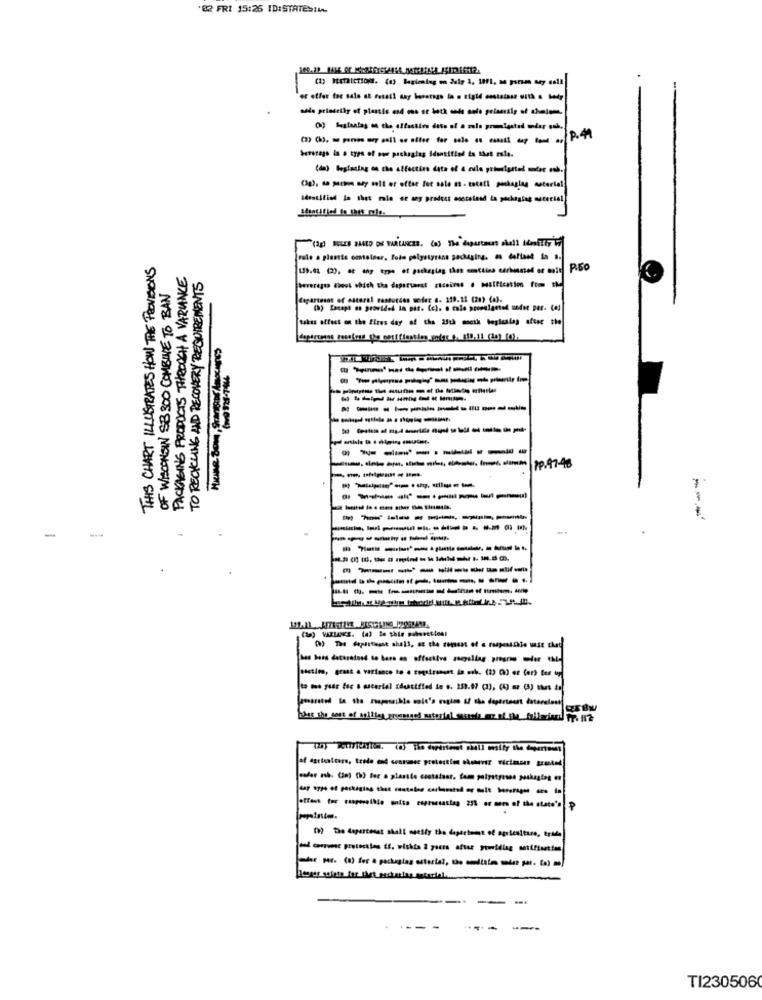
'82 FRI 15:26 ID:STATEStu
(3) (b). apenas sey sell or offer for sale as conull cup fond of P.4
(da) Beglazing on the affectirs data of a rule primigetal mder enb.
dastified la thet mia er any prodoss asecalend La packaging muceciel
THIS CHART ILLUSTRATES HOW THE PROVISIONS
PACKAGING PRODUCTS THROUGH A VARIANCE
P.60
TO RECYCLING AND RECOVERY REQUIREMENTS
OF WISCONSIN SB 300 COMBINE TO BAN
dagartomat of estaral casturcos weder .. 119.11 (28) (43.
takes effect on the fires day of the 25th moeth begleslag after the
----------
------------
---------
PP. 97-48
--------
-------
---
-
-------
----------
to me year fec . aucerial Eduatified to s. 133.97 (1). (4) az (3) thas to
--
--
- ----
--
TI2305060